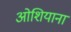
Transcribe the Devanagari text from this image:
ओशियाना